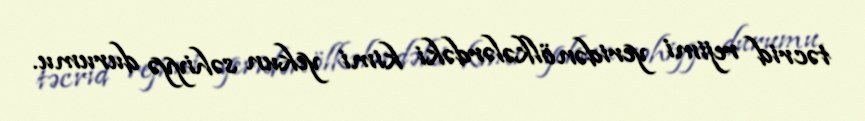
təcrid rejimi yeridən ölkələrdəki kimi yekun səhiyyə durumu.